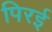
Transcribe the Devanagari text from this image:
पिरई